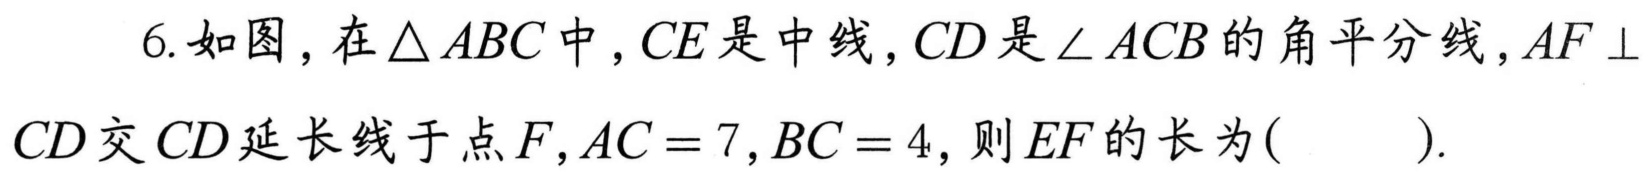
6.如图，在\(\triangle ABC\)中，\(CE\)是中线，\(CD\)是\(\angle ACB\)的角平分线，\(AF\perp CD\)交\(CD\)延长线于点\(F\)，\(AC = 7\)，\(BC = 4\)，则\(EF\)的长为( ).